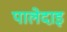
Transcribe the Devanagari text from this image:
पालेदाइ